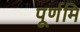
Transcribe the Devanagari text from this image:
पूर्णमि